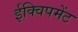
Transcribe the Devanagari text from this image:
ईक्विपमेंट